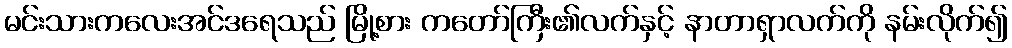
မင်းသားကလေးအင်ဒရေသည် မြို့စား ကတော်ကြီး၏လက်နှင့် နာတာရှာလက်ကို နမ်းလိုက်၍